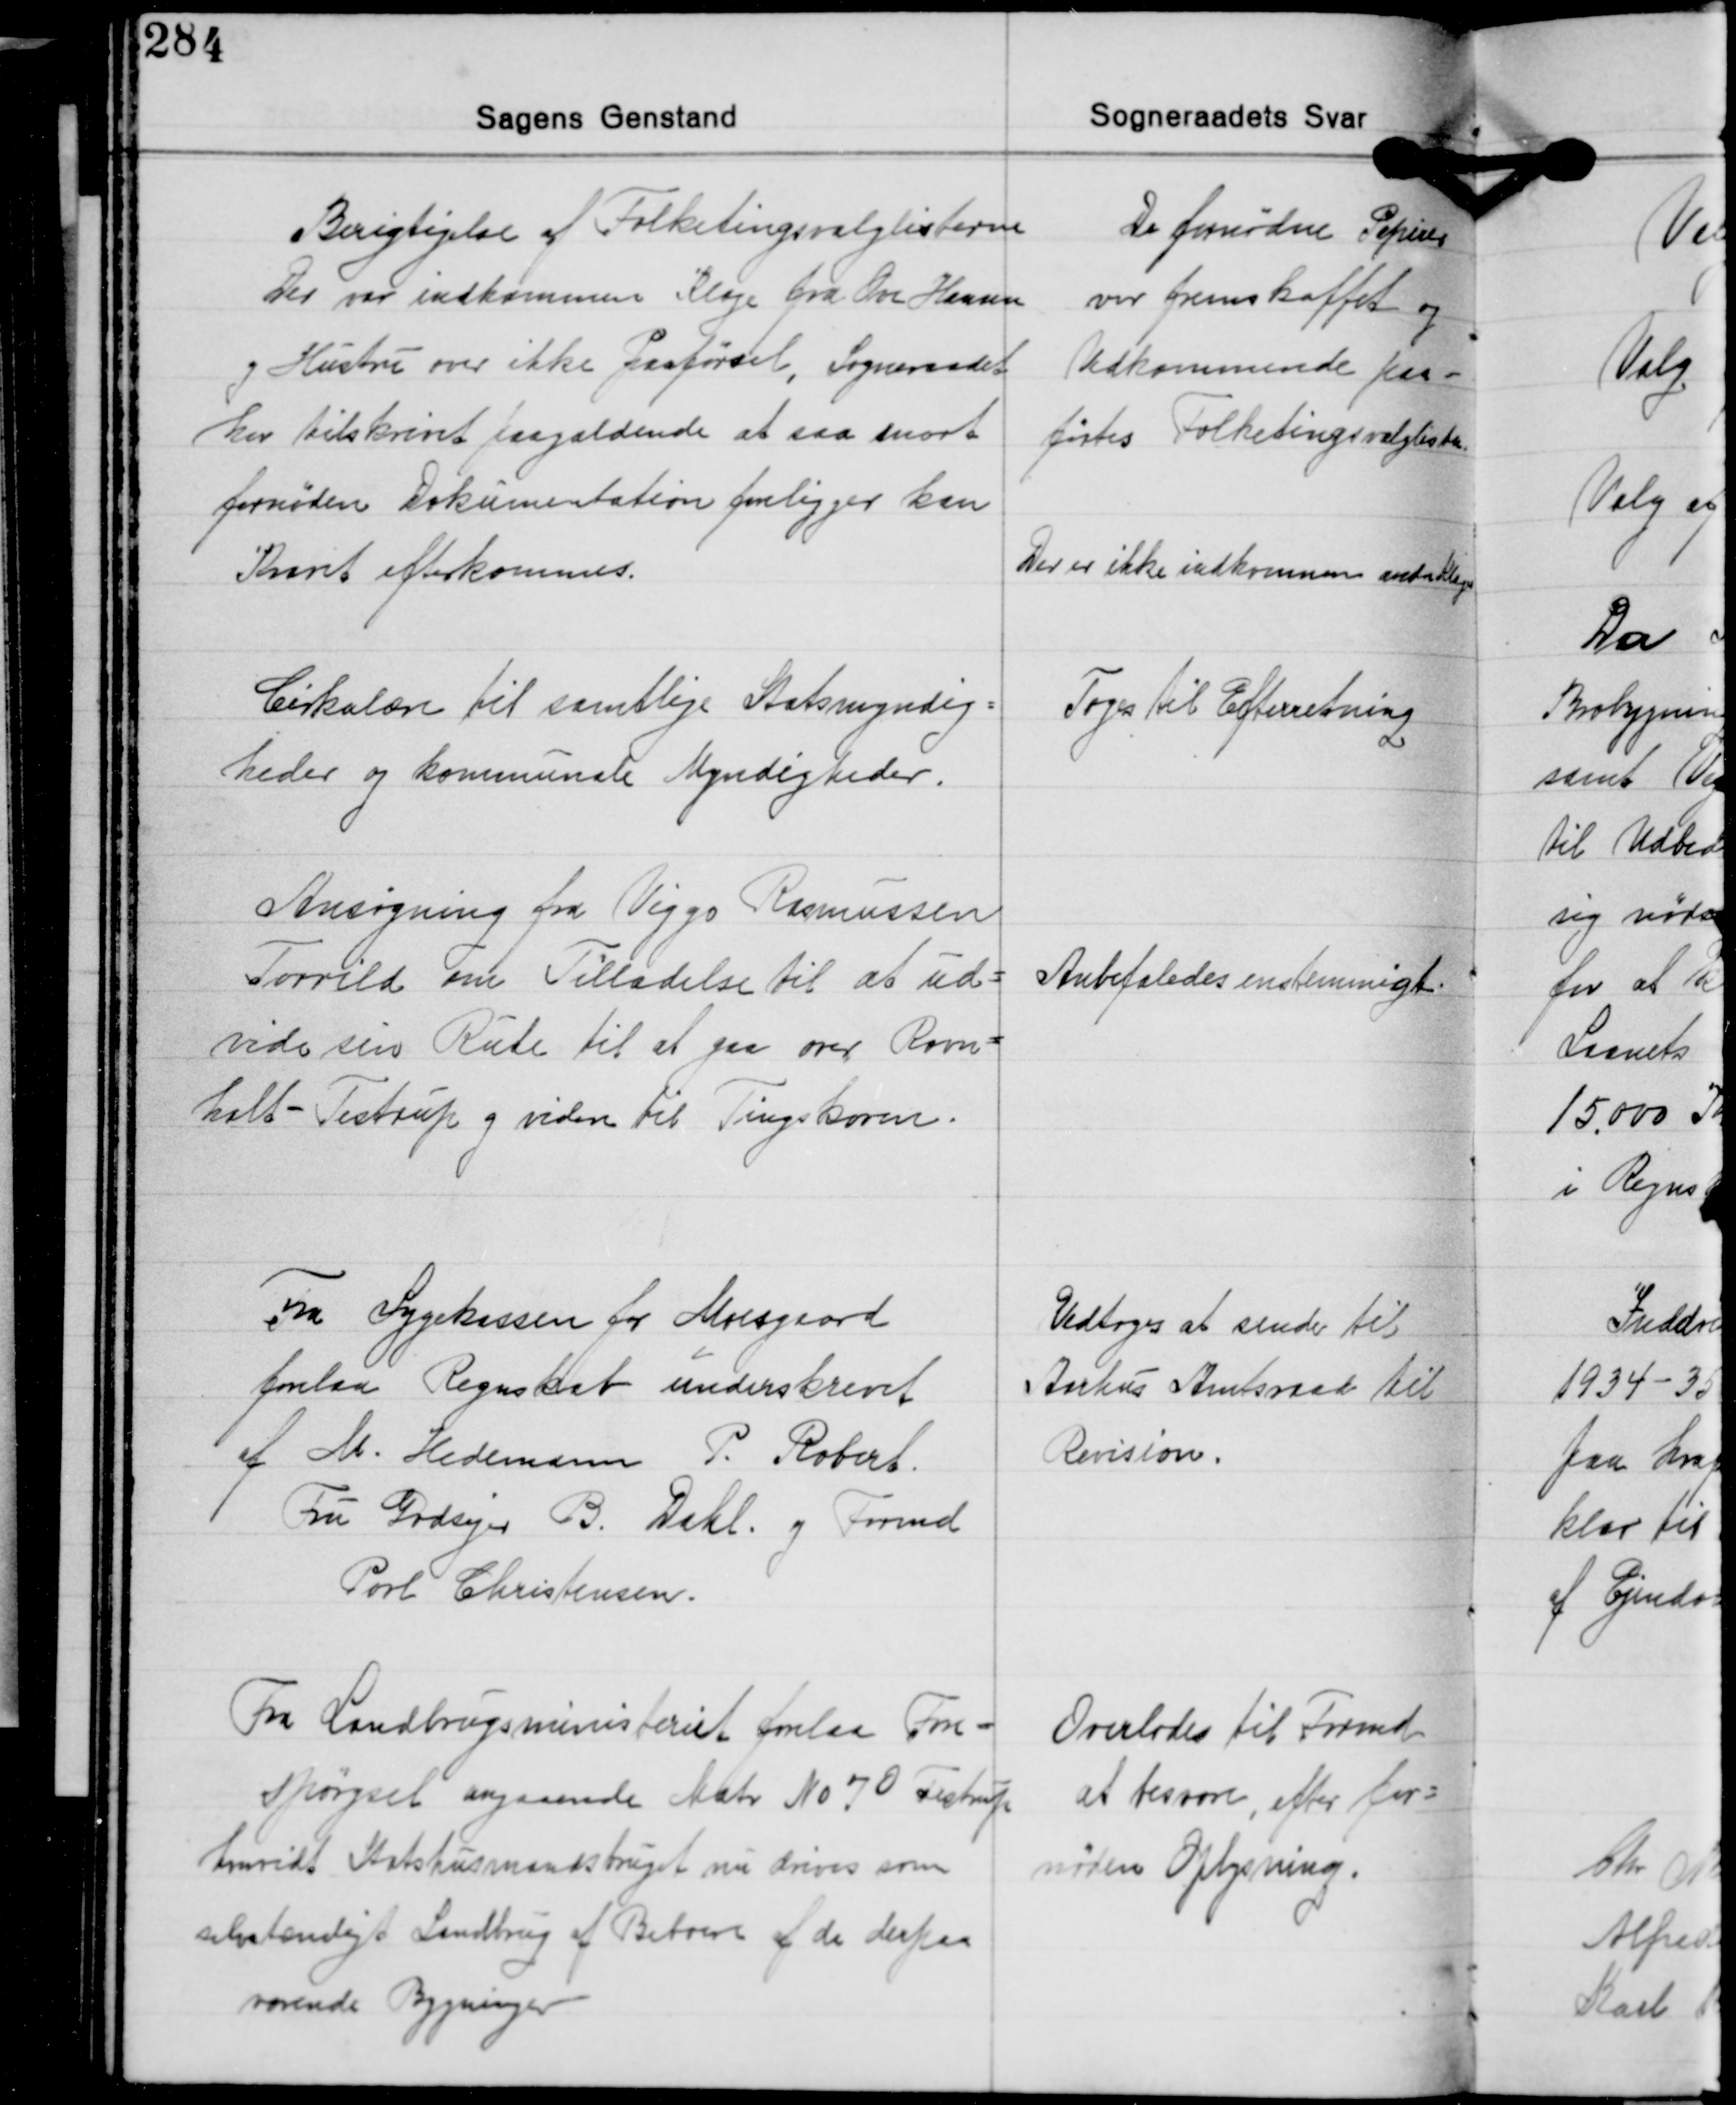
Transskription:
Berigtigelse af Folketingsvalglisterne
Der var indkommen Klage fra Ove Hansen
og Hustru over ikke Paaførsel. Sogneraadet
har tilskrevet paagældende at saa snart
fornøden Dokumentation foreligger kan
Kravet efterkommes.

De fornødne Papirer
var fremskaffet og
Vedkommende paa-
førtes Folketingsvalglisten.
Der er ikke indkommen andre Klager.

Cirkulære til samtlige Statsmyndig-
heder og kommunale Myndigheder.

Toges til Efterretning

Ansøgning fra Viggo Rasmussen
Torrild om Tilladelse til at ud-
vide sin Rute til at gaa over Ravn-
holt - Testrup og videre til Tingskoven.

Anbefaledes enstemmigt

Fra Sygekassen for Moesgaard
forelaa Regnskab underskrevet
af M. Hedemann P. Robert.
Fru Godsejer B. Dahl og Formd.
Povl Christensen.

Vedtoges at sende til
Aarhus Amtsraad til
Revision.

Fra Landbrugsministeriet forelaa Fore-
spørgsel angaaende Matr. No 70 Testrup
hvorvidt Statshusmandsbruget nu drives som
selvstændigt Landbrug af Beboere af de derpaa
værende Bygninger

Overlodes til Formd.
at besvare, efter for-
nøden Oplysning.